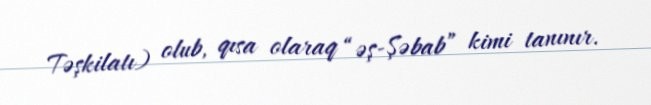
Təşkilatı) olub, qısa olaraq “əş-Şəbab” kimi tanınır.